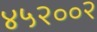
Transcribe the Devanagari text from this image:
४५२००२